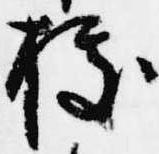
拠